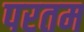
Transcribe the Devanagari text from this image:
परतम